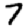
Digit: 7